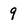
Character: 9